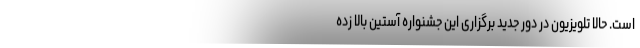
است. حالا تلویزیون در دور جدید برگزاری این جشنواره آستین بالا زده